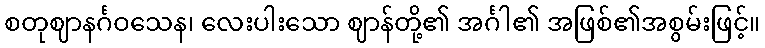
စတုဈာနင်္ဂဝသေန၊ လေးပါးသော ဈာန်တို့၏ အင်္ဂါ၏ အဖြစ်၏အစွမ်းဖြင့်။